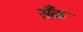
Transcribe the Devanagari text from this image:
सँक